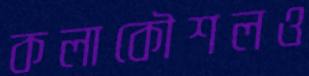
কলাকৌশলও